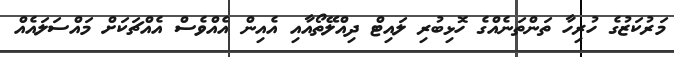
މަރުކަޒުގެ ހުރިހާ ތަންތަނެއްގެ ހޮޅިބުރި ލައިޓް ދިއްލޭތޯއާއި އެއިން އެއްވެސް އެއްޗަކަށް މައްސަލައެއް